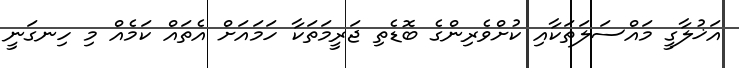
އަޚުލާގީ މައްސަލަތަކާއި ކުށްވެރިންގެ ބޮޑެތި ޖަރީމަތަކާ ހަމައަށް އެތައް ކަމެއް މި ހިނގަނީ